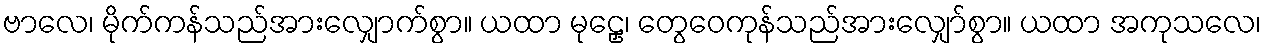
ဗာလေ၊ မိုက်ကန်သည်အားလျှောက်စွာ။ ယထာ မုဠှေ၊ တွေဝေကုန်သည်အားလျှော်စွာ။ ယထာ အကုသလေ၊